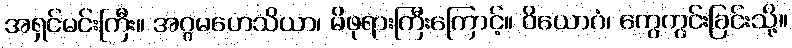
အရှင်မင်းကြီး။ အဂ္ဂမဟေသိယာ၊ မိဖုရားကြီးကြောင့်။ ဝိယောဂံ၊ ကွေကွင်းခြင်းသို့။